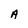
Character: A